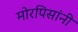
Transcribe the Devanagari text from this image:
मोरपिसांनी